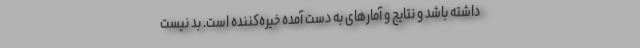
داشته باشد و نتایج و آمارهای به دست آمده خیره‌کننده است. بد نیست